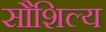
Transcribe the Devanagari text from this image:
सौशिल्य